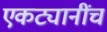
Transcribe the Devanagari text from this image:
एकट्यानींच